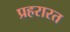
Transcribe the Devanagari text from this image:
प्रहरारत